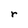
Character: r